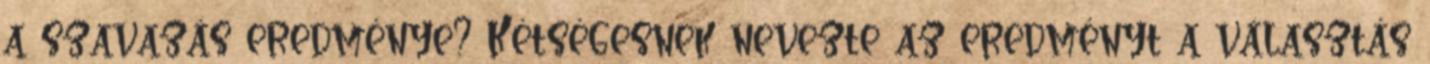
a szavazás eredménye? Kétségesnek nevezte az eredményt a választás